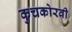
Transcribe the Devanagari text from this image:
कुचकोरवी